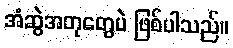
အံဆွဲအတုတွေပဲ ဖြစ်ပါသည်။